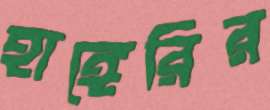
হাঙ্গেরির